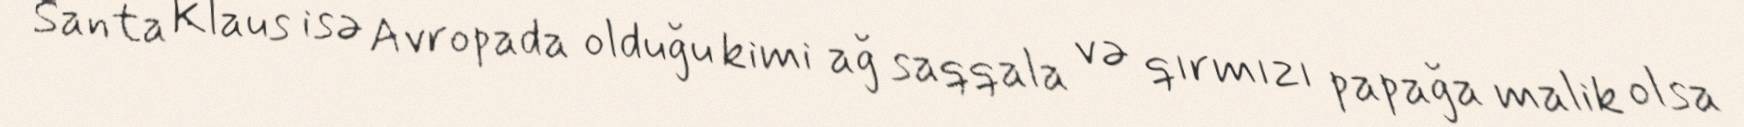
Santa Klaus isə Avropada olduğu kimi ağ saqqala və qırmızı papağa malik olsa